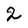
Character: 2